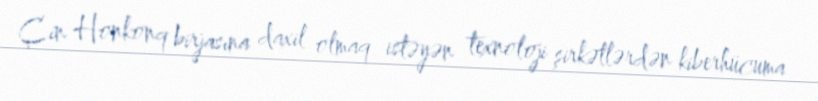
Çin Honkonq birjasına daxil olmaq istəyən texnoloji şirkətlərdən kiberhücuma